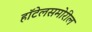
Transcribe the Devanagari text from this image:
हॉटेलसमोरील